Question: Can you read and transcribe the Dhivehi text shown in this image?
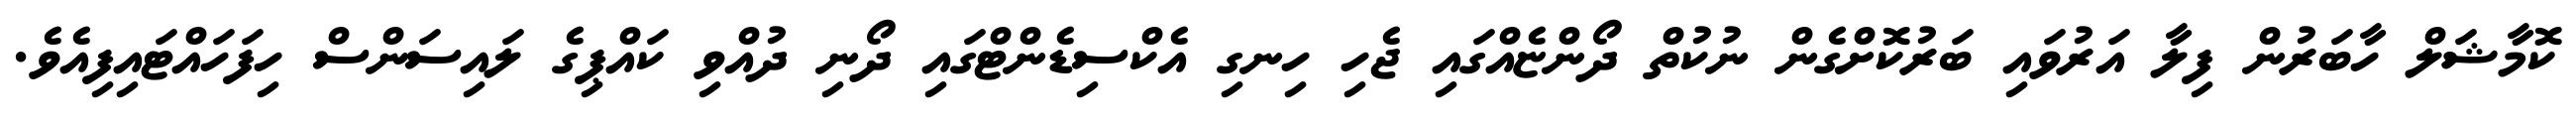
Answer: ކޮމާޝަލް ހާބަރުން ފިލާ އަރުވައި ބަރުކޮށްގެން ނުކުތް ދޯންޏެއްގައި ޖެހި ހިނގި އެކްސިޑެންޓްގައި ދޯނި ދުއްވި ކައްޕިގެ ލައިސަންސް ހިފަހައްޓައިފިއެވެ.